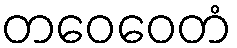
တဝေဝေတံ